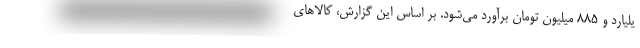
یلیارد و ۸۸۵ میلیون تومان برآورد می‌شود. بر اساس این گزارش، کالاهای